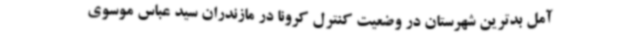
آمل بدترین شهرستان در وضعیت کنترل کرونا در مازندران سید عباس موسوی